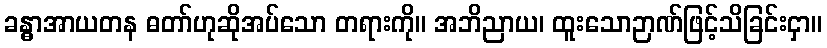
ခန္ဓာအာယတန ဓတာ်ဟုဆိုအပ်သော တရားကို။ အဘိညာယ၊ ထူးသောဉာဏ်ဖြင့်သိခြင်းငှာ။